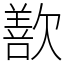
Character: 歚